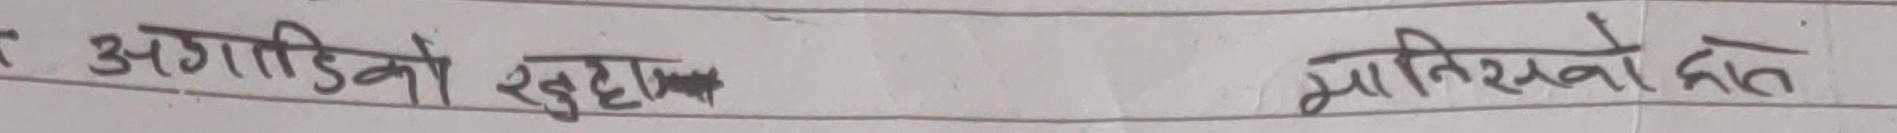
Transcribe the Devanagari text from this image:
अगाडिको खुट्टा मातिसकेको छ।